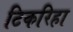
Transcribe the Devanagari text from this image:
टिकरिहा